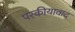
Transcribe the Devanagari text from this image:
परकीयावाद